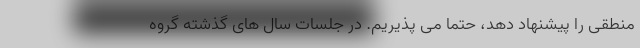
منطقی را پیشنهاد دهد، حتما می پذیریم. در جلسات سال های گذشته گروه